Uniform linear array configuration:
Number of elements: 8
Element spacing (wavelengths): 1
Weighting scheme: binomial
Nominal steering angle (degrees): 0
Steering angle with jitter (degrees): -0.3826
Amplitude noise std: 0.05
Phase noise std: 0.05

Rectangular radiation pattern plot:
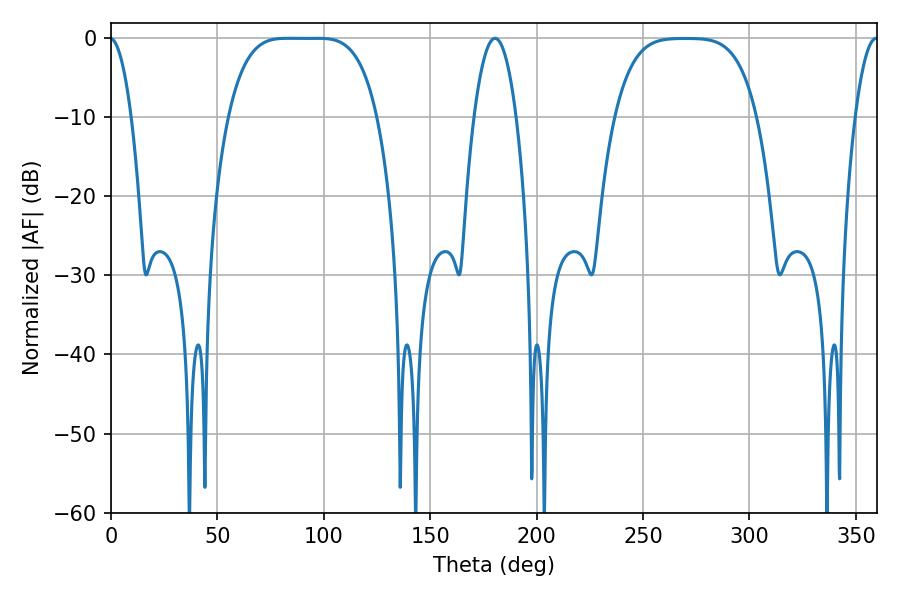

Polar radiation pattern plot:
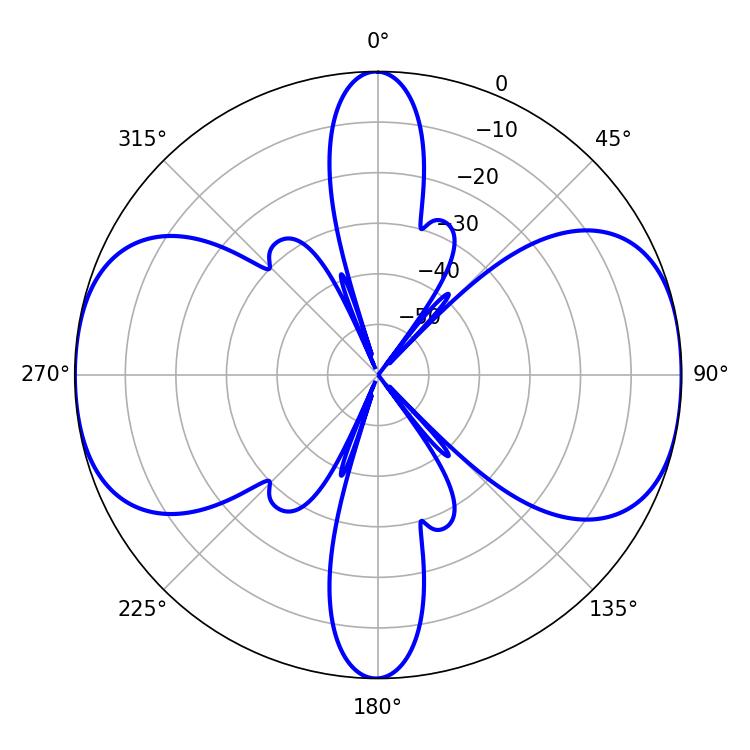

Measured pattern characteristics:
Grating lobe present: TRUE
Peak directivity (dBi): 14.549
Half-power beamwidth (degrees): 52.92
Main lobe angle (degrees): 82.8